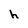
Character: h